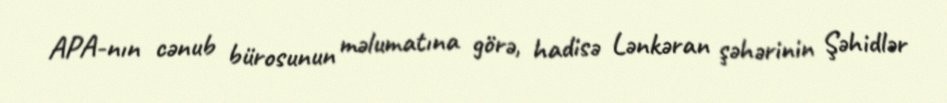
APA-nın cənub bürosunun məlumatına görə, hadisə Lənkəran şəhərinin Şəhidlər